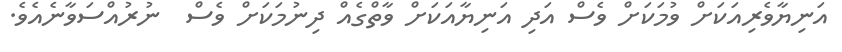
އަނިޔާވެރިއަކަށް ވުމަކަށް ވެސް އަދި އަނިޔާއަކަށް ވާތްގެއް ދިނުމަކަށް ވެސް  ނުރުއްސަވާނެއެވެ.